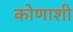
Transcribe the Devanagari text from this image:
कोणाशी